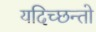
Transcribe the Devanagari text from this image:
यदिच्छन्तो